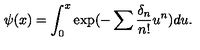
\psi ( x ) = \int _ { 0 } ^ { x } \exp ( - \sum \frac { \delta _ { n } } { n ! } u ^ { n } ) d u .